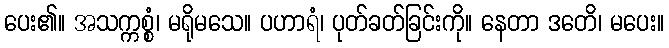
ပေး၏။ အသက္ကစ္စံ၊ မရိုမသေ။ ပဟာရံ၊ ပုတ်ခတ်ခြင်းကို။ နေတာ ဒတေိ၊ မပေး။